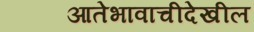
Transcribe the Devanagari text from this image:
आतेभावाचीदेखील